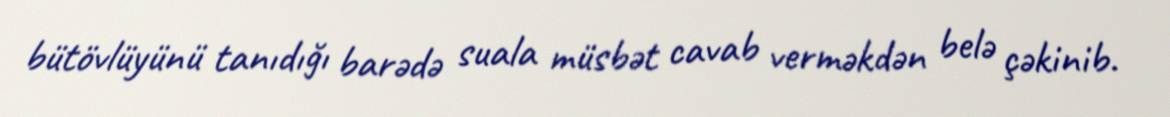
bütövlüyünü tanıdığı barədə suala müsbət cavab verməkdən belə çəkinib.